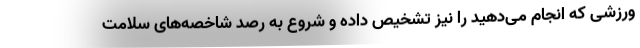
ورزشی که انجام می‌دهید را نیز تشخیص داده و شروع به رصد شاخصه‌های سلامت